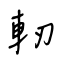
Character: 軔